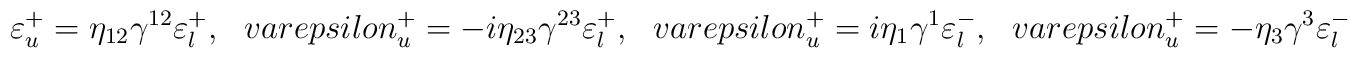
\varepsilon^+_u = \eta_{12} \gamma^{12} \varepsilon^+_l,\ \ \ \ \\varepsilon^+_u = -i \eta_{23} \gamma^{23} \varepsilon^+_l, \ \ \ \ \\varepsilon^+_u = i \eta_{1} \gamma^{1} \varepsilon^-_l, \ \ \ \ \\varepsilon^+_u = - \eta_{3} \gamma^{3} \varepsilon^-_l